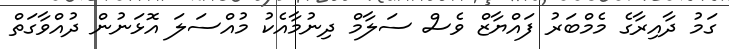
ގަމު ދާއިރާގެ މެމްބަރު ފައްޔާޒް ވެސް ސަލާމް ދިނުމާއެކު މުއްސަލަ އޮޅަނުން ދުއްވާގަތް